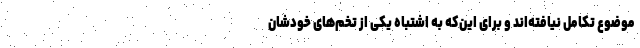
موضوع تکامل نیافته‌اند و برای این‌که به اشتباه یکی از تخم‌های خودشان